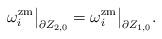
LaTeX: \begin{align*}\omega_i^\mathrm{zm} \big|_{\partial Z_{2,0}} =\omega_i^\mathrm{zm} \big|_{\partial Z_{1,0}}.\end{align*}